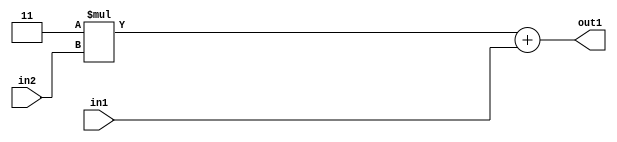
`timescale 1ps / 1ps
/*****************************************************************************
    Verilog RTL Description
    
    
    Created by: Stratus DpOpt 2019.1.01 
*******************************************************************************/

module DC_Filter_Add2u2Mul2i3u2_4 (
	in2,
	in1,
	out1
	); /* architecture "behavioural" */ 
input [1:0] in2,
	in1;
output [3:0] out1;
wire [3:0] asc001;

wire [3:0] asc001_tmp_0;
assign asc001_tmp_0 = 
	+(4'B0011 * in2);
assign asc001 = asc001_tmp_0
	+(in1);

assign out1 = asc001;
endmodule

/* CADENCE  ubb4Tgg= : u9/ySgnWtBlWxVPRXgAZ4Og= ** DO NOT EDIT THIS LINE ******/